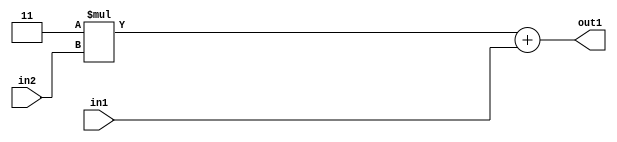
`timescale 1ps / 1ps
/*****************************************************************************
    Verilog RTL Description
    
    
    Created by: Stratus DpOpt 2019.1.01 
*******************************************************************************/

module DC_Filter_Add2u2Mul2i3u2_4 (
	in2,
	in1,
	out1
	); /* architecture "behavioural" */ 
input [1:0] in2,
	in1;
output [3:0] out1;
wire [3:0] asc001;

wire [3:0] asc001_tmp_0;
assign asc001_tmp_0 = 
	+(4'B0011 * in2);
assign asc001 = asc001_tmp_0
	+(in1);

assign out1 = asc001;
endmodule

/* CADENCE  ubb4Tgg= : u9/ySgnWtBlWxVPRXgAZ4Og= ** DO NOT EDIT THIS LINE ******/